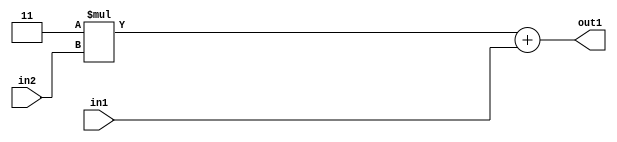
`timescale 1ps / 1ps
/*****************************************************************************
    Verilog RTL Description
    
    
    Created by: Stratus DpOpt 2019.1.01 
*******************************************************************************/

module DC_Filter_Add2u2Mul2i3u2_4 (
	in2,
	in1,
	out1
	); /* architecture "behavioural" */ 
input [1:0] in2,
	in1;
output [3:0] out1;
wire [3:0] asc001;

wire [3:0] asc001_tmp_0;
assign asc001_tmp_0 = 
	+(4'B0011 * in2);
assign asc001 = asc001_tmp_0
	+(in1);

assign out1 = asc001;
endmodule

/* CADENCE  ubb4Tgg= : u9/ySgnWtBlWxVPRXgAZ4Og= ** DO NOT EDIT THIS LINE ******/